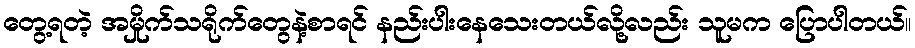
တွေ့ရတဲ့ အမှိုက်သရိုက်တွေနဲ့စာရင် နည်းပါးနေသေးတယ်လို့လည်း သူမက ပြောပါတယ်။